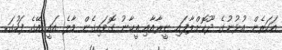
އަހަރެން އުޅުނުގެ ދޫކޮށްލާފައި ނީރާއާއި އީހާނު ގޮވައިގެން މާލެ އައީ އޭގެ ފަހުގަ.